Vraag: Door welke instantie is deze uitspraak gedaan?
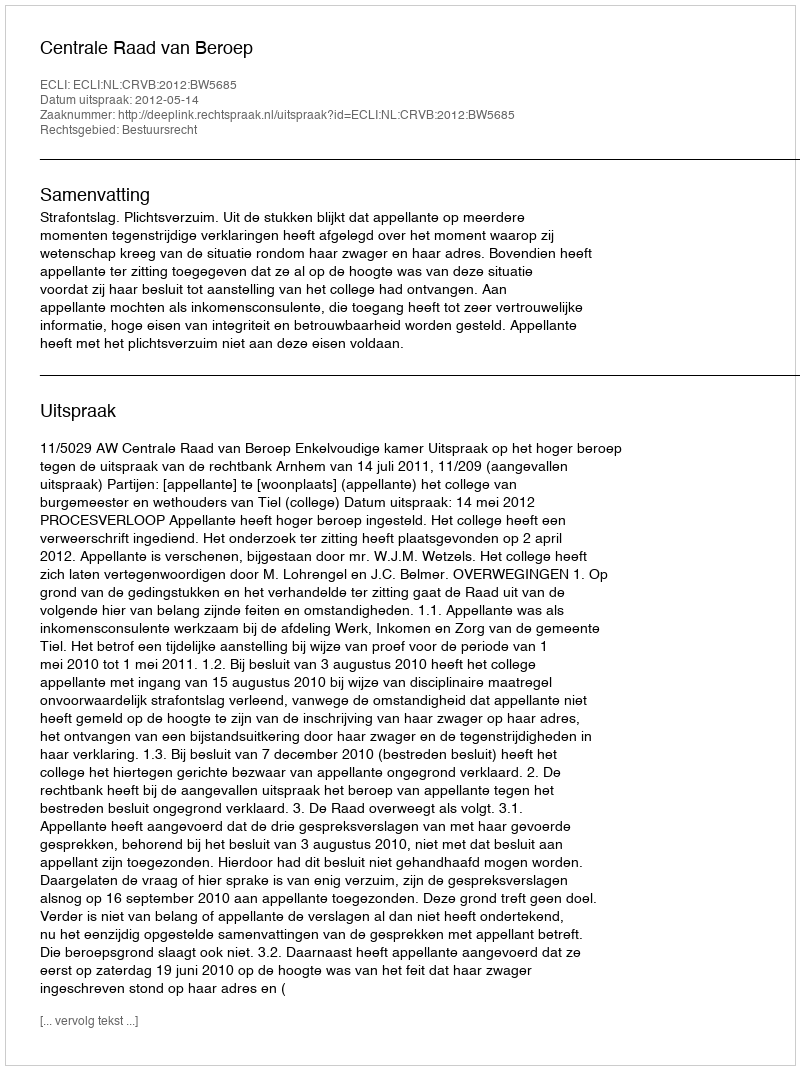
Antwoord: Centrale Raad van Beroep